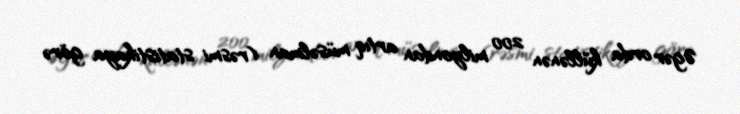
Əgər orda küllənən 200 milyondan artıq müsəlman (rəsmi statistikaya görə